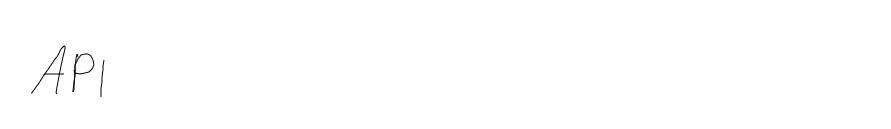
API